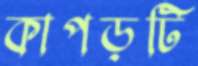
কাপড়টি